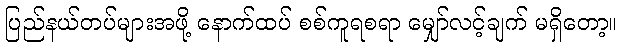
ပြည်နယ်တပ်များအဖို့ နောက်ထပ် စစ်ကူရစရာ မျှော်လင့်ချက် မရှိတော့။